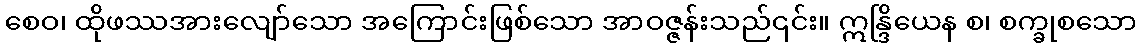
စေဝ၊ ထိုဖဿအားလျော်သော အကြောင်းဖြစ်သော အာဝဇ္ဇန်းသည်၎င်း။ ဣန္ဒြိယေန စ၊ စက္ခုစသော